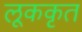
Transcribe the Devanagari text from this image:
लूककृत